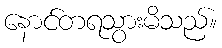
နောင်တရသွားမိသည်။